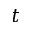
t